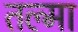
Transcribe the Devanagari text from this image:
तल्मा